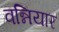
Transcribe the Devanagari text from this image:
वन्नियार